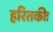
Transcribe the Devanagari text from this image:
हरितकीः